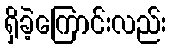
ရှိခဲ့ကြောင်းလည်း